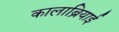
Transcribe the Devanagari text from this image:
कालाब्रियाई